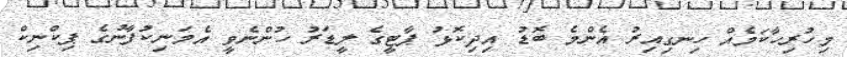
މިހުރިހާކަމެއް ހިނގިއިރު އެންމެ ބޮޑު އިދިކޮޅު ޕާޓީގެ ލީޑަރު ހުންނެވީ އެމަނިކުފާނުގެ ޕިކްނިކް